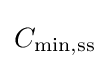
C_{{\text{min}},{\text{ss}}}